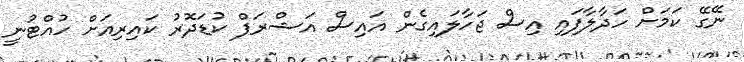
ނޭގޭ ކަމަށް ހަދާލާފައި އިސް ޖަހާލައިގެން އައިސް އަޝްރަފް ކުޑަދޮރު ކައިރިއަށް ހުއްޓުނީ